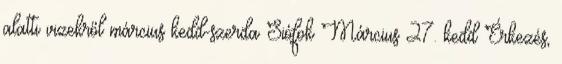
alatti vizekről március kedd-szerda Siófok Március 27. kedd Érkezés,